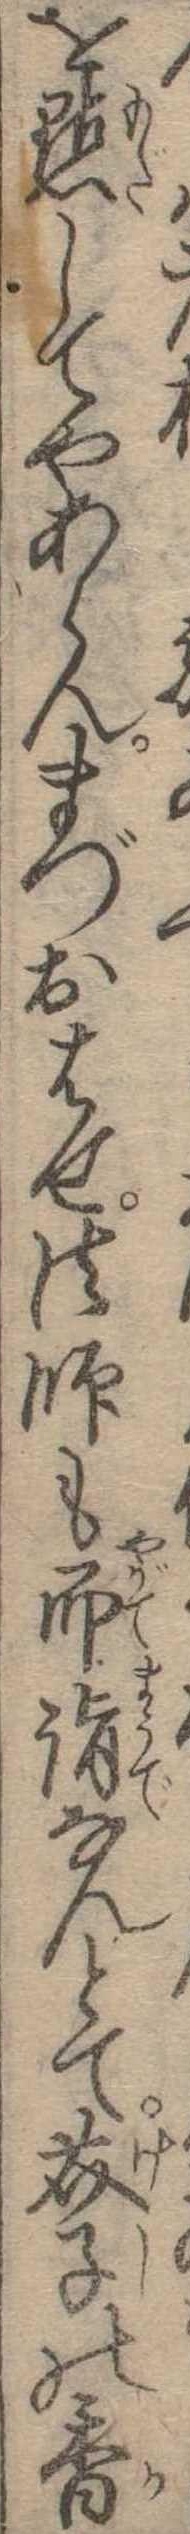
を黙してやあらんまづおはせ法師も即詣なんとて芥子の香